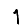
Digit: 1